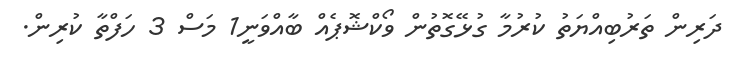
ދަރިން ތަރުބިއްޔަތު ކުރުމާ ގުޅޭގޮތުން ވޯކްޝޮޕެއް ބާއްވަނީ1 މަސް 3 ހަފްތާ ކުރިން.